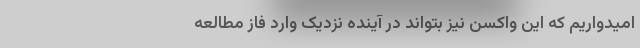
امیدواریم که این واکسن نیز بتواند در آینده نزدیک وارد فاز مطالعه